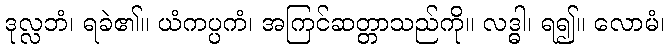
ဒုလ္လဘံ၊ ရခဲ၏။ ယံကပ္ပကံ၊ အကြင်ဆတ္တာသည်ကို။ လဒ္ဓါ၊ ရ၍။ လောမံ၊